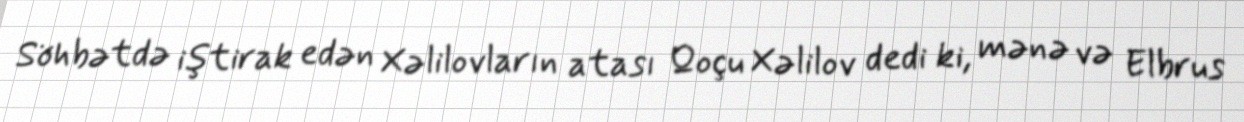
Söhbətdə iştirak edən Xəlilovların atası Qoçu Xəlilov dedi ki, mənə və Elbrus